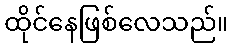
ထိုင်နေဖြစ်လေသည်။